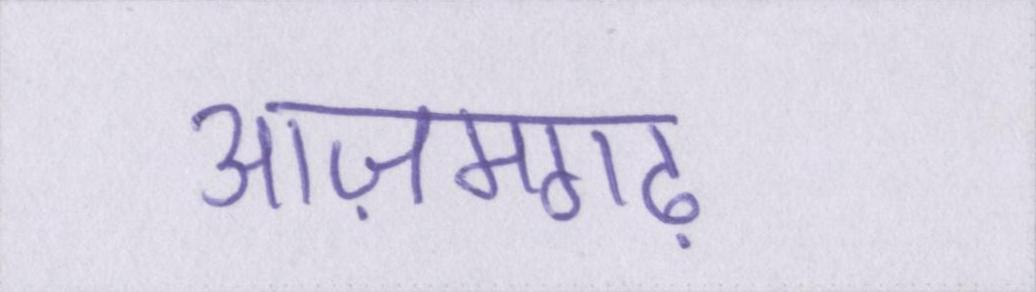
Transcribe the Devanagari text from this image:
आज़मगढ़